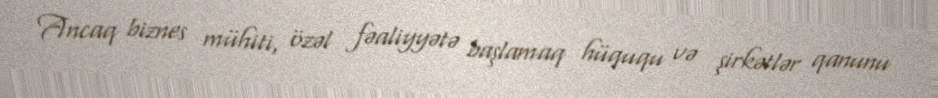
Ancaq biznes mühiti, özəl fəaliyyətə başlamaq hüququ və şirkətlər qanunu